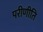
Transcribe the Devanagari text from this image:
परीणीति